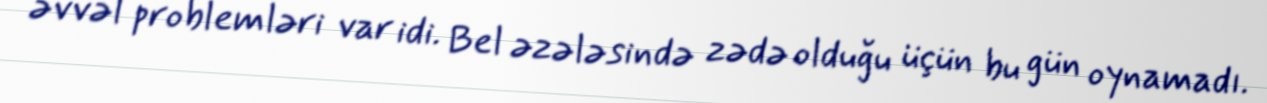
əvvəl problemləri var idi. Bel əzələsində zədə olduğu üçün bu gün oynamadı.